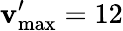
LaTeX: \mathbf{v}_{\mathrm{{max}}}^{\prime}=12